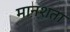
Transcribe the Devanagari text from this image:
मानशता